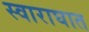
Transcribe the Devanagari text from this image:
स्वाराघात